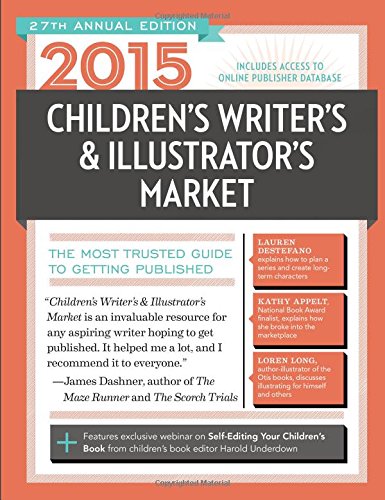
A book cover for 2015 Children's Writer's & Illustrator's Market: The Most Trusted Guide to Getting Published (Children's Writer's and Illustrator's Market); Reference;